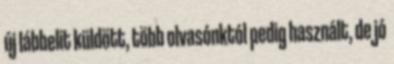
új lábbelit küldött, több olvasónktól pedig használt, de jó